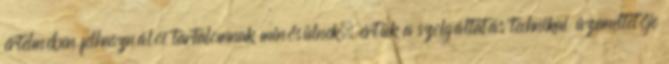
értelmében felhasználói tartalomnak minősülnek, értük a szolgáltatás technikai üzemeltetője